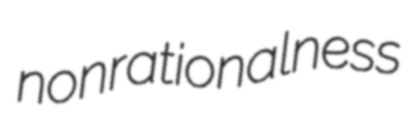
nonrationalness